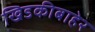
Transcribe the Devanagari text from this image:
खिडकीबाहेर